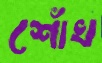
শোঁখ